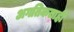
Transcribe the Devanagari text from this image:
अगतिकताही